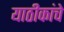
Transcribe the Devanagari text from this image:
याठीकांचे